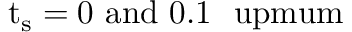
\mathrm { { t _ { s } = 0 \ \mathrm { { a n d } \ 0 . 1 \ \ u p m u m } } }